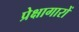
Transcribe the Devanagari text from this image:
प्रेक्षागारों